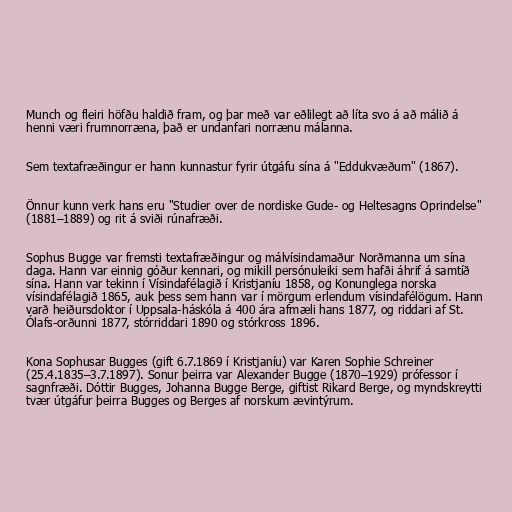
Munch og fleiri höfðu haldið fram, og þar með var eðlilegt að líta svo á að málið á
henni væri frumnorræna, það er undanfari norrænu málanna.

Sem textafræðingur er hann kunnastur fyrir útgáfu sína á "Eddukvæðum" (1867).

Önnur kunn verk hans eru "Studier over de nordiske Gude- og Heltesagns Oprindelse"
(1881–1889) og rit á sviði rúnafræði.

Sophus Bugge var fremsti textafræðingur og málvísindamaður Norðmanna um sína
daga. Hann var einnig góður kennari, og mikill persónuleiki sem hafði áhrif á samtíð
sína. Hann var tekinn í Vísindafélagið í Kristjaníu 1858, og Konunglega norska
vísindafélagið 1865, auk þess sem hann var í mörgum erlendum vísindafélögum. Hann
varð heiðursdoktor í Uppsala-háskóla á 400 ára afmæli hans 1877, og riddari af St.
Ólafs-orðunni 1877, stórriddari 1890 og stórkross 1896.

Kona Sophusar Bugges (gift 6.7.1869 í Kristjaníu) var Karen Sophie Schreiner
(25.4.1835–3.7.1897). Sonur þeirra var Alexander Bugge (1870–1929) prófessor í
sagnfræði. Dóttir Bugges, Johanna Bugge Berge, giftist Rikard Berge, og myndskreytti
tvær útgáfur þeirra Bugges og Berges af norskum ævintýrum.